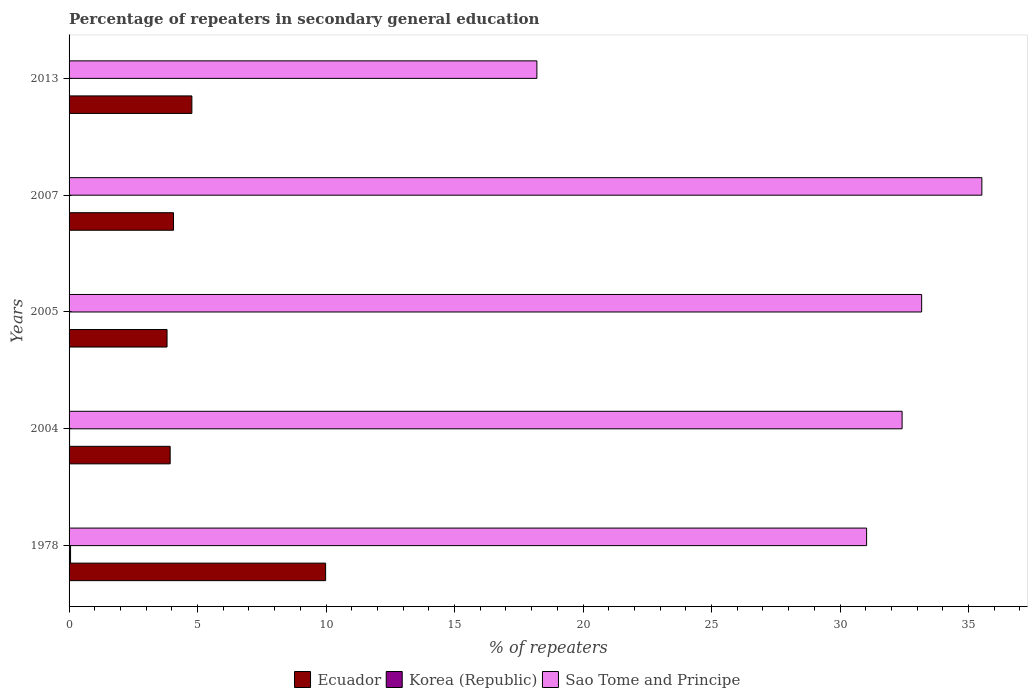
| Years | Ecuador | Korea (Republic) | Sao Tome and Principe |
 | --- | --- | --- | --- |
 | 1978 | 9.98 | 0.0579 | 31 |
 | 2004 | 3.93 | 0.0197 | 32.4 |
 | 2005 | 3.81 | 0.00448 | 33.2 |
 | 2007 | 4.06 | 0.00429 | 35.5 |
 | 2013 | 4.78 | 0.00558 | 18.2 |